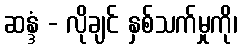
ဆန္ဒံ - လိုချင် နှစ်သက်မှုကို၊